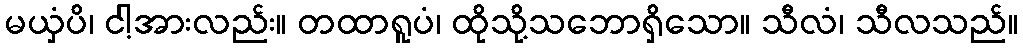
မယှံပိ၊ ငါ့အားလည်း။ တထာရူပံ၊ ထိုသို့သဘောရှိသော။ သီလံ၊ သီလသည်။